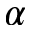
\alpha